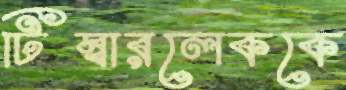
টিম্বারলেককে